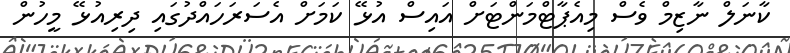
ކާނަލް ނާޒިމް ވެސް މިއެޕާޓްމަންޓަށް އައިސް އުޅޭ ކަމަށް އެސަރަހައްދުގައި ދިރިއުޅޭ މީހުން